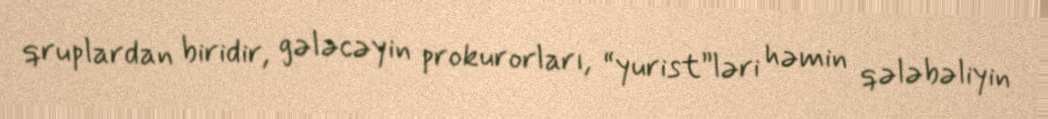
qruplardan biridir, gələcəyin prokurorları, “yurist”ləri həmin qələbəliyin